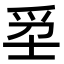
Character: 𤔊